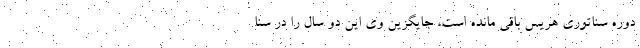
دوره سناتوری هریس باقی مانده است، جایگزین وی این دو سال را در سنا